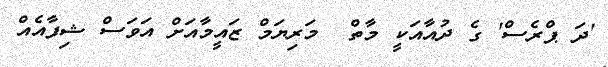
'ދަ ޕްރެސް' ގެ ދުއާއަކީ މާތް  މަރިޔަމް ޒައީމާއަށް އަވަސް ޝިފާއެއް